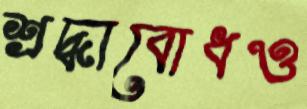
শ্রদ্ধাবোধও